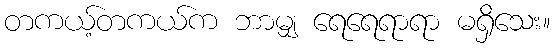
တကယ့်တကယ်က ဘာမျှ ရေရေရာရာ မရှိသေး။